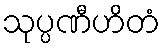
သုပ္ပဏီဟိတံ